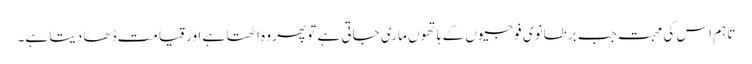
تاہم اس کی محبت جب برطانوی فوجیوں کے ہاتھوں ماری جاتی ہے تو پھر وہ اٹھتا ہے اور قیامت ڈھا دیتا ہے۔